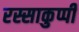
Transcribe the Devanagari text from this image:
रस्साकुप्पी